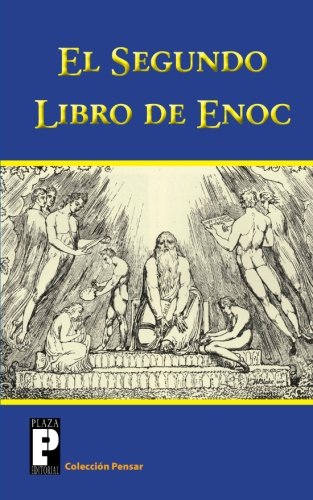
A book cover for El Segundo Libro de Enoc: El Libro de los Secretos de Enoc (Coleccion Pensar) (Spanish Edition); AnÃ³nimo; Christian Books & Bibles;